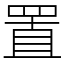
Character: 置